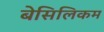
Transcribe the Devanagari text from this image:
बेसिलिकम